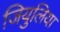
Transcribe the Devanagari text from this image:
जियुलिया